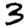
Digit: 3